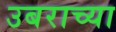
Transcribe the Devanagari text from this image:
उबराच्या